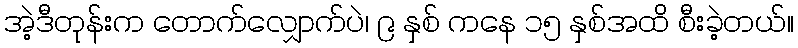
အဲ့ဒီတုန်းက တောက်လျှောက်ပဲ၊ ၉ နှစ် ကနေ ၁၅ နှစ်အထိ စီးခဲ့တယ်။